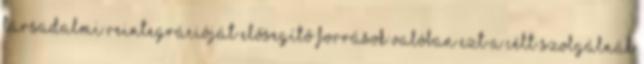
társadalmi reintegrációját elősegítő források valóban ezt a célt szolgálnák